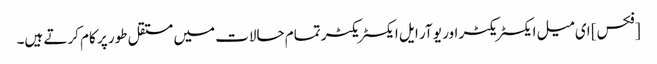
[فکس] ای میل ایکسٹریکٹر اور یو آر ایل ایکسٹریکٹر تمام حالات میں مستقل طور پر کام کرتے ہیں۔